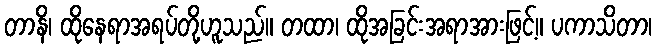
တာနိ၊ ထိုနေရာအရပ်တို့ဟူသည်။ တထာ၊ ထိုအခြင်းအရာအားဖြင့်။ ပကာသိတာ၊